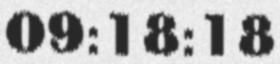
09:18:18